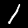
Digit: 1